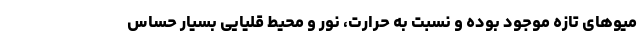
میوهای تازه موجود بوده و نسبت به حرارت، نور و محیط قلیایی بسیار حساس